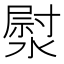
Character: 𭲐